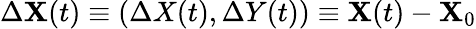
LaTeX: \Delta\mathbf{X}(t)\equiv(\Delta X(t),\Delta Y(t))\equiv\mathbf{X}(t)-\mathbf{X}_{0}